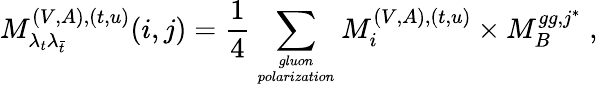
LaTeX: M_{\lambda_{t}\lambda_{\bar{t}}}^{(V,A),(t,u)}(i,j)=\frac{1}{4}\sum_{gluon\atop polarization}M_{i}^{(V,A),(t,u)}\times M_{B}^{gg,j^{*}}\; ,